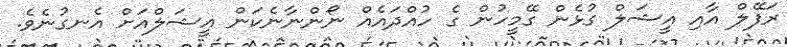
ރަފޭލް އާއި އީޝަލް ގުޅެން ގޭމީހުން ގެ ހުއްދައެއް ނޯންނާނެކަން އީޝަލްއަށް އެނގުނެވެ.